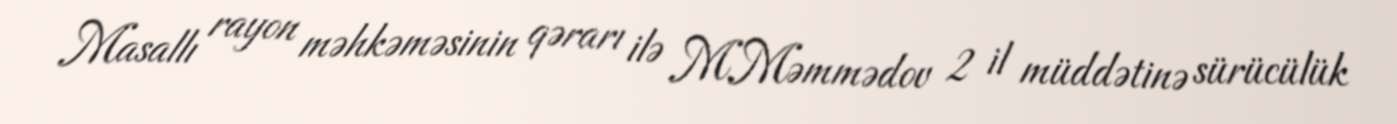
Masallı rayon məhkəməsinin qərarı ilə M.Məmmədov 2 il müddətinə sürücülük